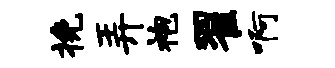
挽弄袍翟啊